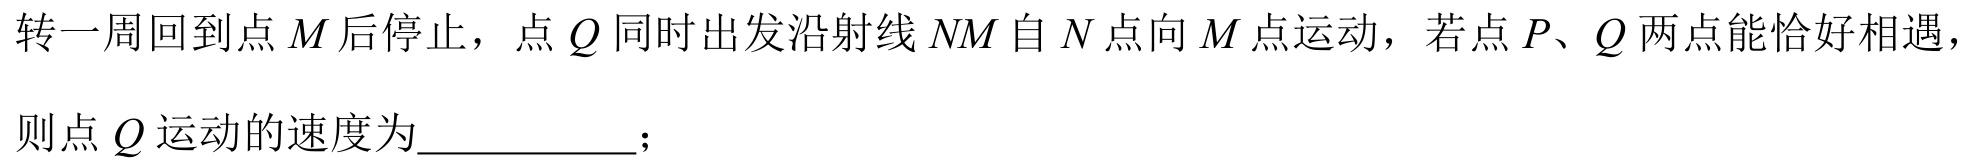
转一周回到点\(M\)后停止，点\(Q\)同时出发沿射线\(NM\)自\(N\)点向\(M\)点运动，若点\(P、Q\)两点能恰好相遇，则点\(Q\)运动的速度为__________；